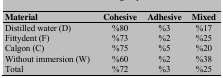
<table><thead><tr><td><b>Material </b></td><td><b>Cohesive</b></td><td><b>Adhesive</b></td><td><b>Mixed</b></td></tr></thead><tbody><tr><td>Distilled water (D)</td><td>%80</td><td>%3</td><td>%17</td></tr><tr><td>Fittydent (F) </td><td>%73</td><td>%2</td><td>%25</td></tr><tr><td>Calgon (C)</td><td>%75</td><td>%5</td><td>%20</td></tr><tr><td>Without immersion (W) </td><td>%60</td><td>%2</td><td>%38</td></tr><tr><td>Total </td><td>%72</td><td>%3</td><td>%25</td></tr></tbody></table>